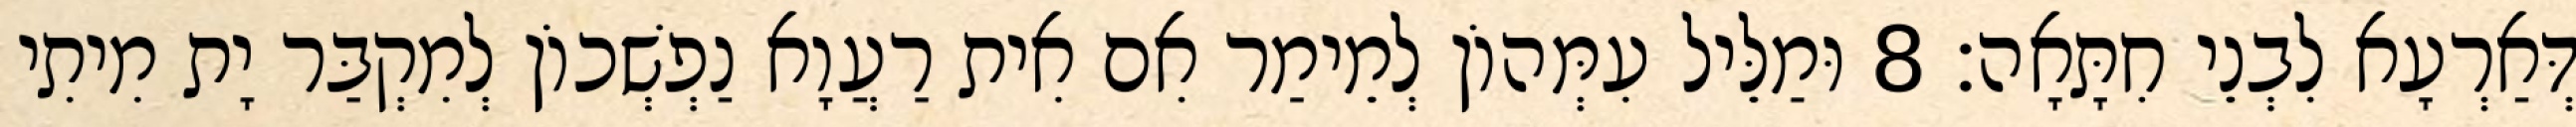
דְּאַרְעָא לִבְנֵי חִתָּאָה׃ 8 וּמַלֵּיל עִמְּהוֹן לְמֵימַר אִם אִית רַעֲוָא נַפְשְׁכוֹן לְמִקְבַּר יָת מִיתִי